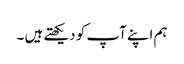
ہم اپنے آپ کو دیکھتے ہیں ۔